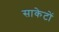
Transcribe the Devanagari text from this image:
साकेटों